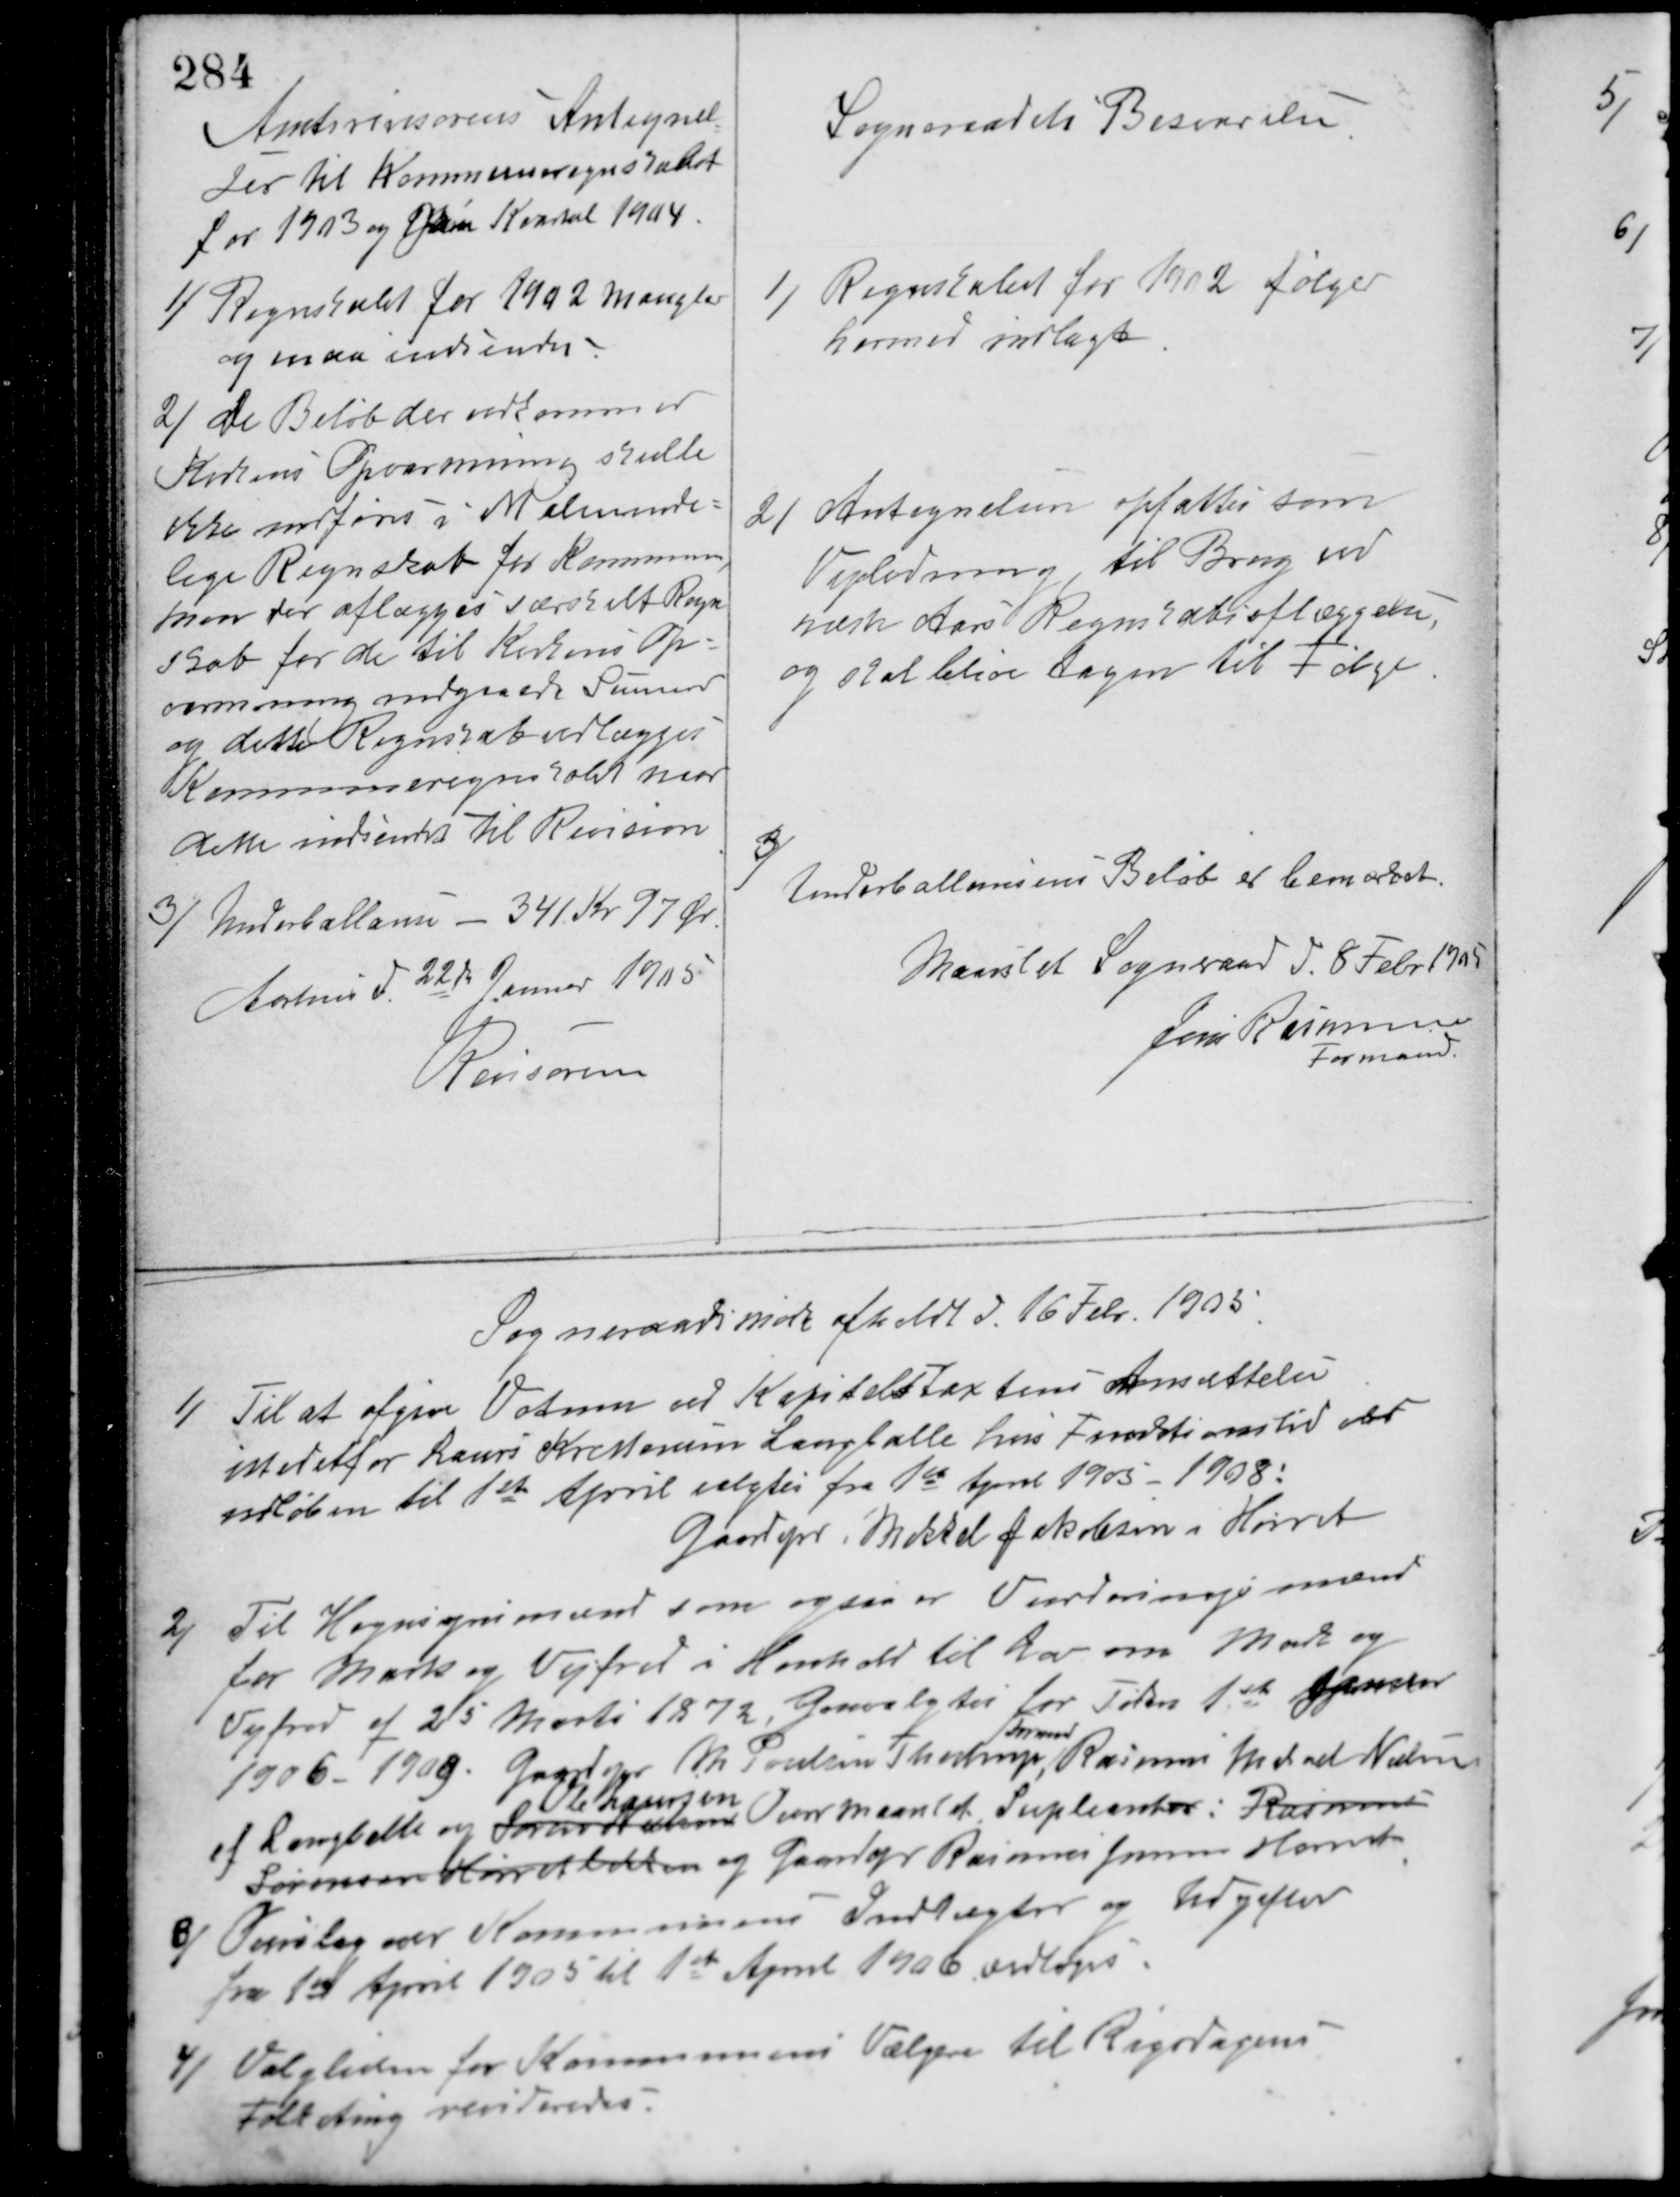
Transskription:
Sogneraadsmøde afholdt d. 16 Febr 1905
1/ Til at afgive Votum ved Kapitelstaxtens Ansættelse
istedetfor Laurs Kristensen Langballe hvis Funktionstid er
udløben til 1ste April valgtes fra 1ste April 1905 - 1908:
Gaardejer Mikkel Jakobsen i Hørret.
2/ Til Hegnsynsmænd som ogsaa er Vurderingsmænd
for Mark og Vejfred i Henhold til Lov om Mark og
Vejfred af 25 Marts 1872, Genvalgtes for Tiden 1ste Januar
1906 - 1909. Gaardejer M. Poulsen Thestrup,
Formand
Rasmus Maad Nielsen
af Langballe og Svend Nielsen
Ole Laursen
Overmaarslet Supleanter: Rasmus
Sørensen Kirkebakken og Gaardejer Rasmus Jensen Hørret.
3/
Overslag over Kommunens Indtægter og Udgifter
fra 1ste April 1905 til 1ste April 1906 vedtoges.
4/ Valgtiden for Kommunens
Vælgere til Rigsdagens
Folketing revideredes.